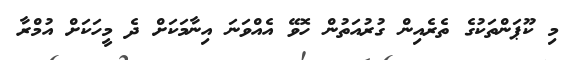
މި ކޫޕަންތަކުގެ ތެރެއިން ގުރުއަތުން ހޮވޭ އެއްވަނަ އިނާމަކަށް ދެ މީހަކަށް އުމްރާ